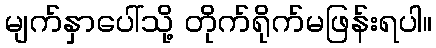
မျက်နှာပေါ်သို့ တိုက်ရိုက်မဖြန်းရပါ။